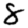
Digit: 8